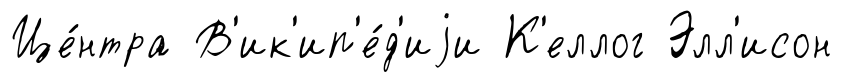
Це́нтра В'ик'ип'е́д'иjи К'еллог Элл'исон